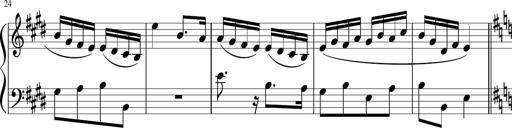
Title: 12 Keyboard Sonatinas
Composer: James Hook